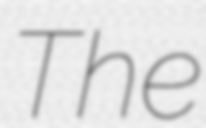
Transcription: The